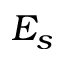
E _ { s }